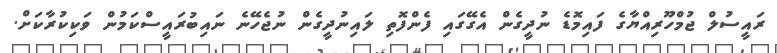
ރައީސުލް ޖުމްހޫރިއްޔާގެ ފައިމޮޑެ ނުދީގެން އެގޭގައި ފެންފޮތި ލައިނުދީގެން ނުޖެހޭނެ ނައިބުރައީސްކަމުން ވަކިކުރާކަށް.